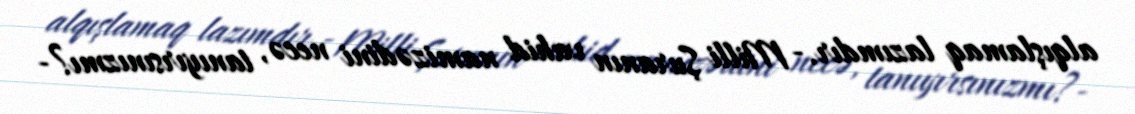
alqışlamaq lazımdır.- Milli Şuranın vahid namizədini necə, tanıyırsınızmı?-